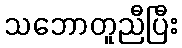
သဘောတူညီပြီး